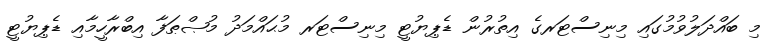
މި ބައްދަލުވުމުގައި މިނިސްޓަރގެ އިތުރުން ޑެޕިޔުޓީ މިނިސްޓަރ މުޙައްމަދު މުޞްޠަފާ އިބްރާހީމާއި ޑެޕިޔުޓީ